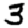
Digit: 3